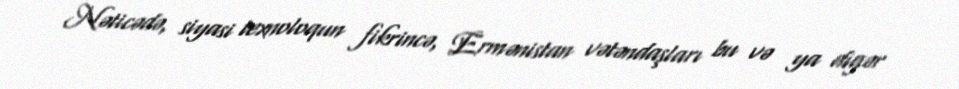
Nəticədə, siyasi texnoloqun fikrincə, Ermənistan vətəndaşları bu və ya digər